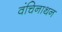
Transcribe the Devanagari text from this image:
वंचिनाथन